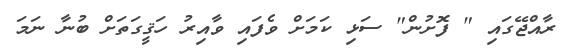
ރާއްޖޭގައި " ފޮށުން" ސަޅި ކަމަށް ވެފައި ވާއިރު ހަޤީގަތަށް ބުނާ ނަމަ